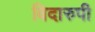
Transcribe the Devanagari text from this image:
विदारुपी